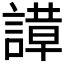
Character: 𬢼